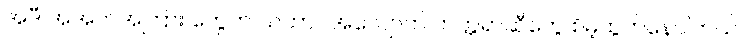
အဲဒီ အအက်အကြား တွေက သဘာဝအလျောက် ကတ္တရာဆီတွေ စိမ့်ထွက်နေပါတယ်။